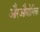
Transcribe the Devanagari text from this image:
औरऔद्योगिक